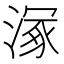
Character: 𣹞